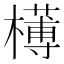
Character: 𣝍